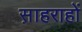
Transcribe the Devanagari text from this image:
स़ाहराहों